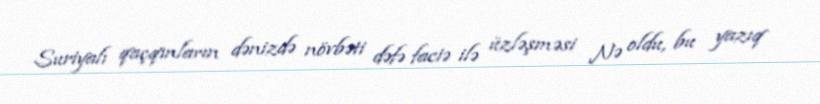
Suriyalı qaçqınların dənizdə növbəti dəfə faciə ilə üzləşməsi Nə oldu, bu yazıq